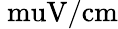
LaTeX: \mathrm{\ muV/cm}